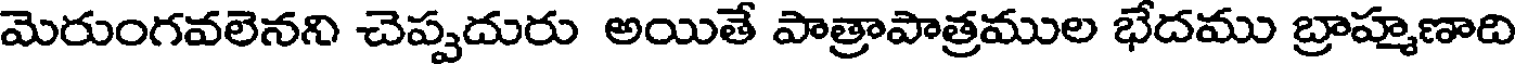
మెరుంగవలెనని చెప్పదురు అయితే పాత్రాపాత్రముల భేదము బ్రాహ్మణాది